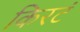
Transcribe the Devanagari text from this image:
किरटं